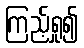
ကြည့်ရှု၍